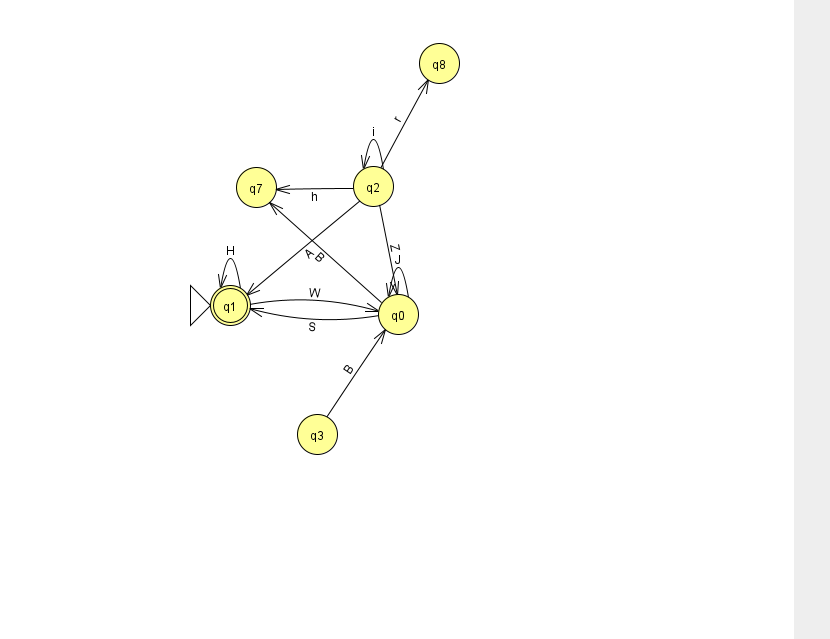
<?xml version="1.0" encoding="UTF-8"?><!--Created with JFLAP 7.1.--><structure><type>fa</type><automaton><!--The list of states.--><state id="0" name="q0"><x>398.0</x><y>301.0</y></state><state id="1" name="q1"><x>230.0</x><y>292.0</y><initial/><final/></state><state id="2" name="q2"><x>373.0</x><y>173.0</y></state><state id="3" name="q3"><x>317.0</x><y>421.0</y></state><state id="7" name="q7"><x>256.0</x><y>174.0</y></state><state id="8" name="q8"><x>439.0</x><y>50.0</y></state><!--The list of transitions.--><transition><from>1</from><to>0</to><read>W</read></transition><transition><from>2</from><to>8</to><read>r</read></transition><transition><from>0</from><to>1</to><read>S</read></transition><transition><from>2</from><to>1</to><read>A</read></transition><transition><from>3</from><to>0</to><read>B</read></transition><transition><from>2</from><to>7</to><read>h</read></transition><transition><from>1</from><to>1</to><read>H</read></transition><transition><from>2</from><to>0</to><read>Z</read></transition><transition><from>2</from><to>2</to><read>i</read></transition><transition><from>0</from><to>0</to><read>J</read></transition><transition><from>0</from><to>7</to><read>B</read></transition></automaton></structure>